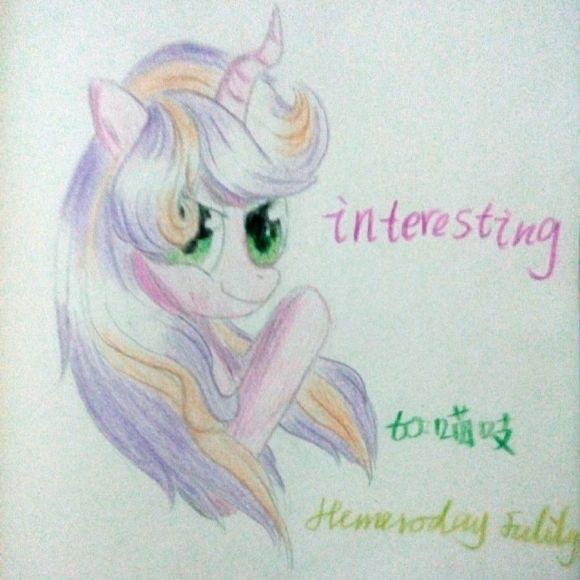
行多有病住无粮，万里还乡未到乡。